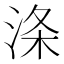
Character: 涤